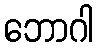
ဘောဂါ